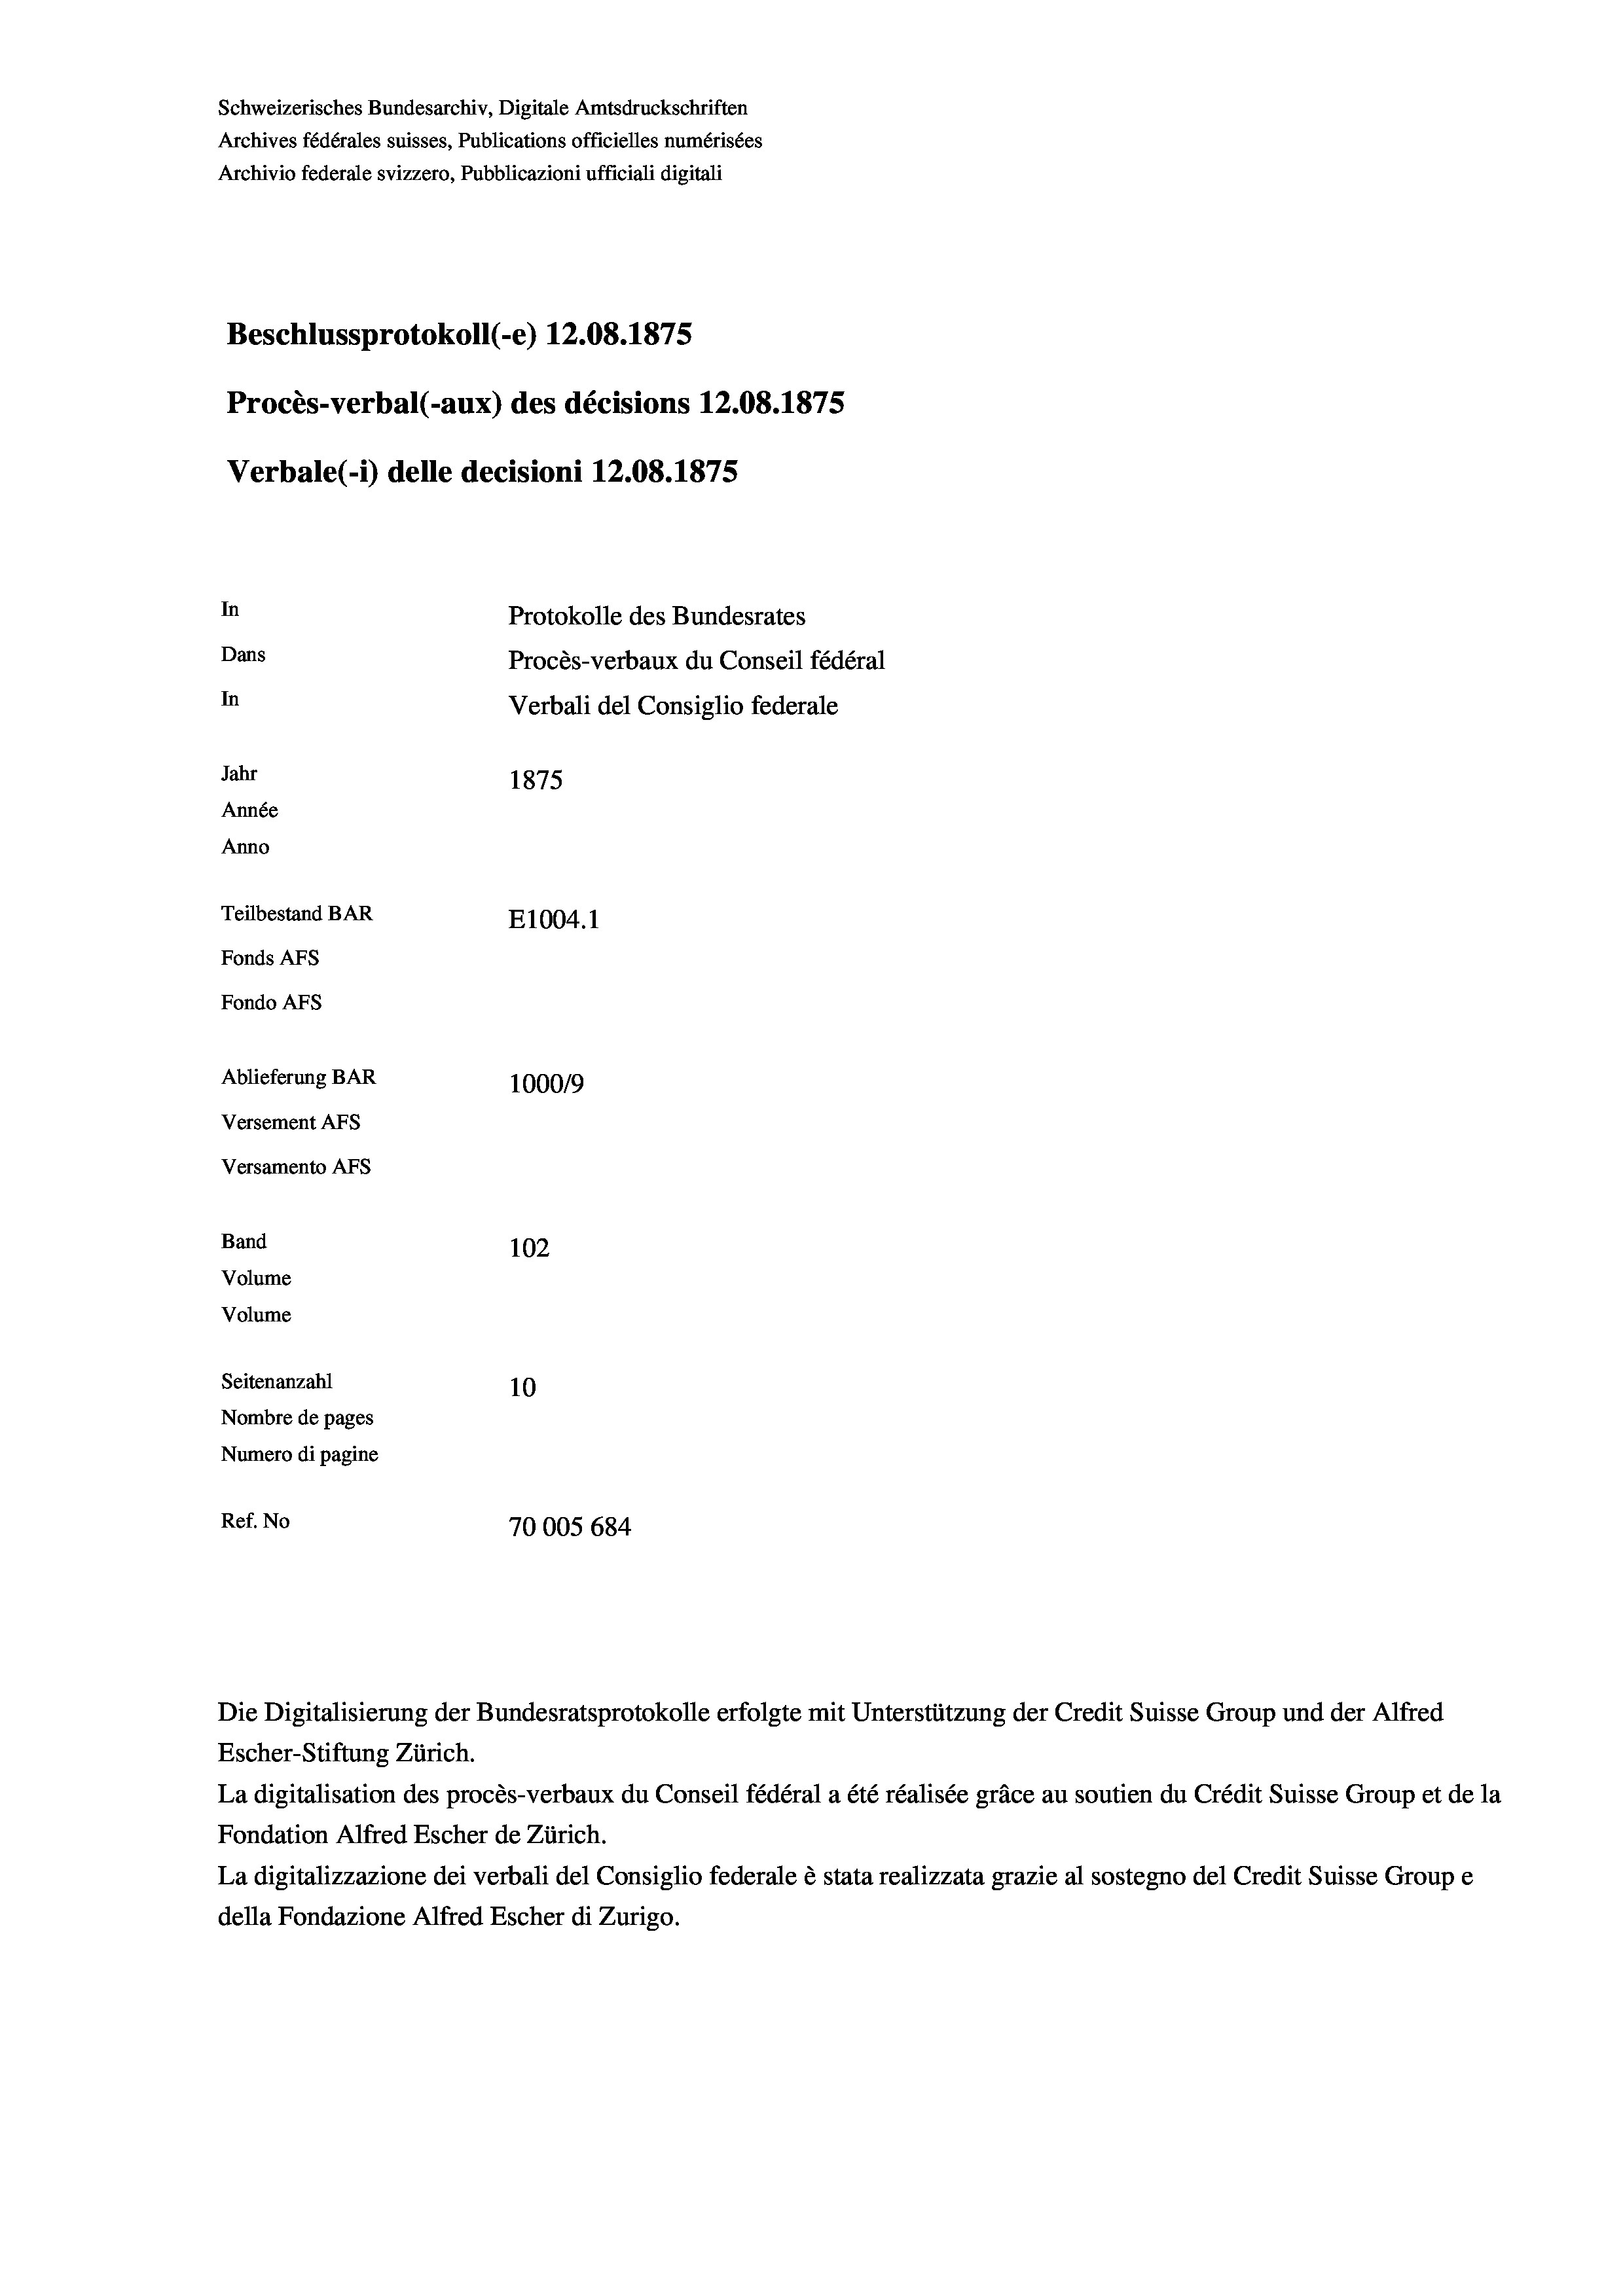
Schweizerisches Bundesarchiv, Digitale Amtsdruckschriften
Archives fédérales suisses, Publications officielles numérisées
Archivio federale svizzero, Pubblicazioni ufficiali digitali
Beschlussprotokoll (-e) 12.08. 1875
Procès-verbal (-aux) des décisions 12.08.1875
Verbale(-*) delle decisioni 12.08. 1875
In
Protokolle des Bundesrates
Dans
Procès-verbaux du Conseil fédéral
In
Verbali del Consiglio federale
Jahr
1875
Année
Anno
Teilbestand BAR
E1004.1
Fonds AFs
Fondo AFs
Ablieferung BAR
1000/9
Versement Abs
Versamento AFs
Band
102
Volume
Volume
Seitenanzahl
10
Nombre de pages
Numero di pagine
Ref. No
70005 684

Escher-Stiftung Zürich.
La digitalisation des procès-verbaux du Conseil fédéral a été réalisée gräce au soutien du Crédit Suisse Group et de la
Fondation Alfred Escher de Zürich.
La digitalizzazione dei verbali del Consiglio federale è stata realizzata grazie al sostegno del Credit Suisse Groupe
della Fondazione Alfred Escher di Zurigo.

Die Digitalisierung der Bundesratsprotokolle erfolgte mit Unterstützung der Credit Suisse Group und der Alfred